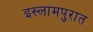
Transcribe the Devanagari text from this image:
इस्लामपुरात